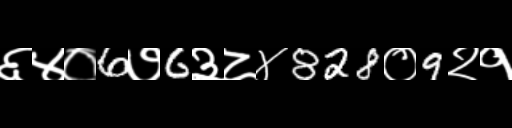
Text: ६४०6७6३८४828०9२१